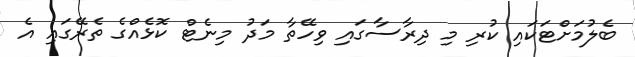
ބެލުމަށްޓަކައި ކުރި މި ދިރާސާގައި ވިހޭތާ މަދު މިނެޓް ކޮޅެއްގެ ތެރޭގައި އެ